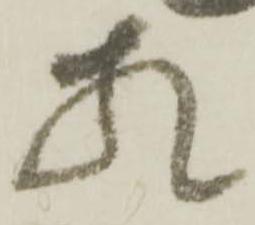
相